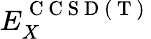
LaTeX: E_{X}^{\mathrm{~C~C~S~D~(~T~)~}}